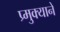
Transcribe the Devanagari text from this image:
प्र्मुक्याने